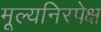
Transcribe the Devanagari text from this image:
मूल्यनिरपेक्ष